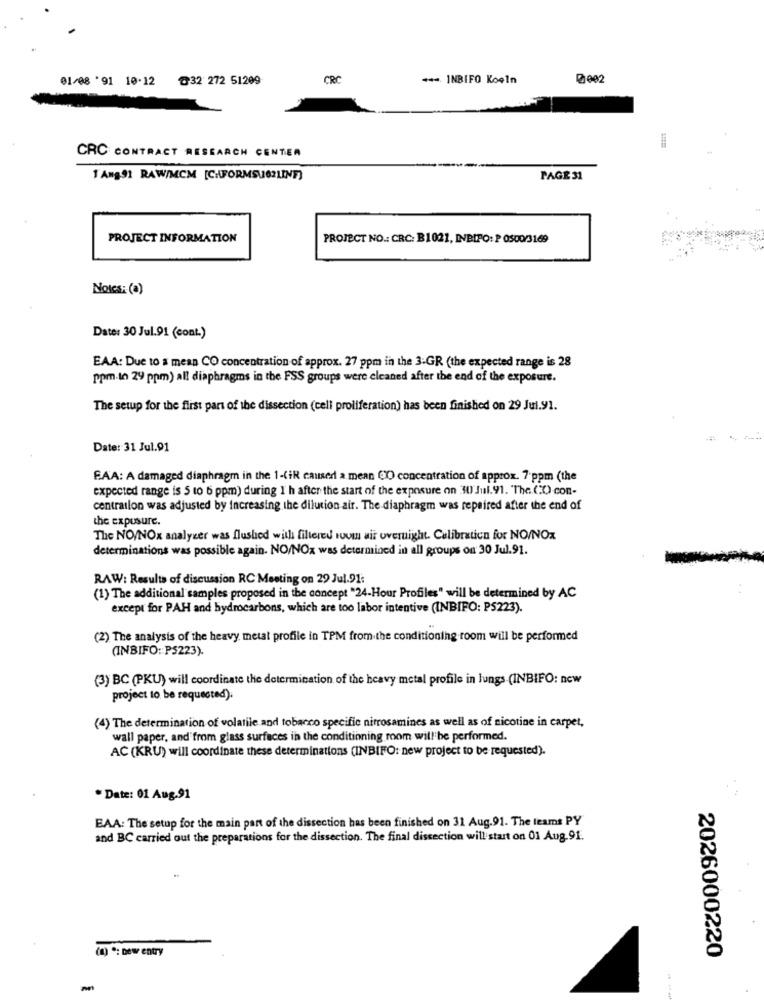
01/08 '91 10.12 @32 272 51209
CRC
++4. INBIFO Koeln
0002
CRC CONTRACT RESEARCH CENTER
T Ang91 RAW/MCM [CHFORMSUG?LINE)
PAGE 31
PROJECT INFORMATION
PROJECT NO .: CRC: B1021, INBIPO: P 0500/3169
NOIes: (a)
Date: 30 Jul.91 (cont.)
EAA: Due to a mean CO concentration of approx. 27 ppm in the 3:GR (the expected range is 28
ppm.to 29 ppm) all diaphragms in the FSS groups were cleaned after the end of the exposure.
The setup for the flist part of the dissection (cell proliferation) has been finished on 29 Jul.91.
Date: 31 Jul.91
FAA: A damaged diaphragm in the 1-(iR causer a mean CO) concentration of approx. 7 ppm (the
expected range is 5 to 6 ppm) during I h after the start of the exposure on 30 Jul. 91. The CO) con-
centrailon was adjusted by increasing the dilution air. The diaphragm was repaired after the end of
the exposure.
The NO/NOx analyzer was flushed with filtered room air overnight. Calibration for NO/NOx
determinations was possible again. NO/NOx was determined in all groups on 30 Jul.91.
RAW: Results of discussion RC Meeting on 29 Jul.91:
(1) The additional samples proposed in the concept "24-Hour Profiles" will be determined by AC
except for PAH and hydrocarbons, which are too labor intentive (INBIFO: PS223).
(2) The analysis of the heavy metal profile in TPM from the conditioning room will be performed
(INBIFO: P5223).
(3) BC (PKU) will coordinate the determination of the heavy metal profile in lungs (INBIFO: now
project to be requested).
(4) The determination of volatile and tobacco specific nirrosamines as well as of nicotine in carpet,
wall paper, and from glass surfaces in the conditioning room will be performed.
AC (KRU) will coordinate these determinations (INBIFO: new project to be requested).
* Date: 01 Aug.91
EAA: The setup for the main part of the dissection has been finished on 31 Aug.91. The teams PY
and BC carried out the preparations for the dissection. The final dissection will start on 01 Aug.91.
(2) *: new entry
2026000220